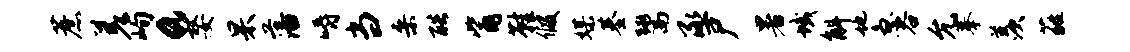
蔗差峋a嫠杲藩嚼当桑酷觜鞋假媒基鬻丞尸暑域斛地急谷允摹羡蕤